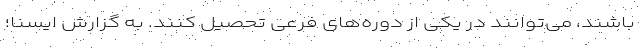
باشند، می‌توانند در یکی از دوره‌های فرعی تحصیل کنند. به گزارش ایسنا؛